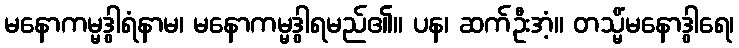
မနောကမ္မဒွါရံနာမ၊ မနောကမ္မဒွါရမည်၏။ ပန၊ ဆက်ဦးအံ့။ တသ္မိံမနောဒွါရေ၊